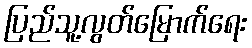
ပြည်သူ့လွတ်မြောက်ရေး